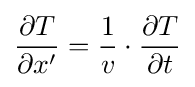
{\frac {\partial T}{\partial x'}}={\frac {1}{v}}\cdot {\frac {\partial T}{\partial t}}